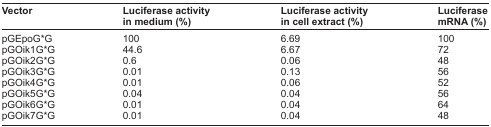
<table><thead><tr><td><b>Vector</b></td><td><b>Luciferase activity in medium (%)</b></td><td><b>Luciferase activity in cell extract (%)</b></td><td><b>Luciferase mRNA (%)</b></td></tr></thead><tbody><tr><td>pGEpoG*G</td><td>100</td><td>6.69</td><td>100</td></tr><tr><td>pGOik1G*G</td><td>44.6</td><td>6.67</td><td>72</td></tr><tr><td>pGOik2G*G</td><td>0.6</td><td>0.06</td><td>48</td></tr><tr><td>pGOik3G*G</td><td>0.01</td><td>0.13</td><td>56</td></tr><tr><td>pGOik4G*G</td><td>0.01</td><td>0.06</td><td>52</td></tr><tr><td>pGOik5G*G</td><td>0.04</td><td>0.04</td><td>56</td></tr><tr><td>pGOik6G*G</td><td>0.01</td><td>0.04</td><td>64</td></tr><tr><td>pGOik7G*G</td><td>0.01</td><td>0.04</td><td>48</td></tr></tbody></table>